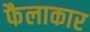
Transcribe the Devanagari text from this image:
फैलाकार